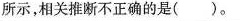
所示，相关推断不正确的是()。